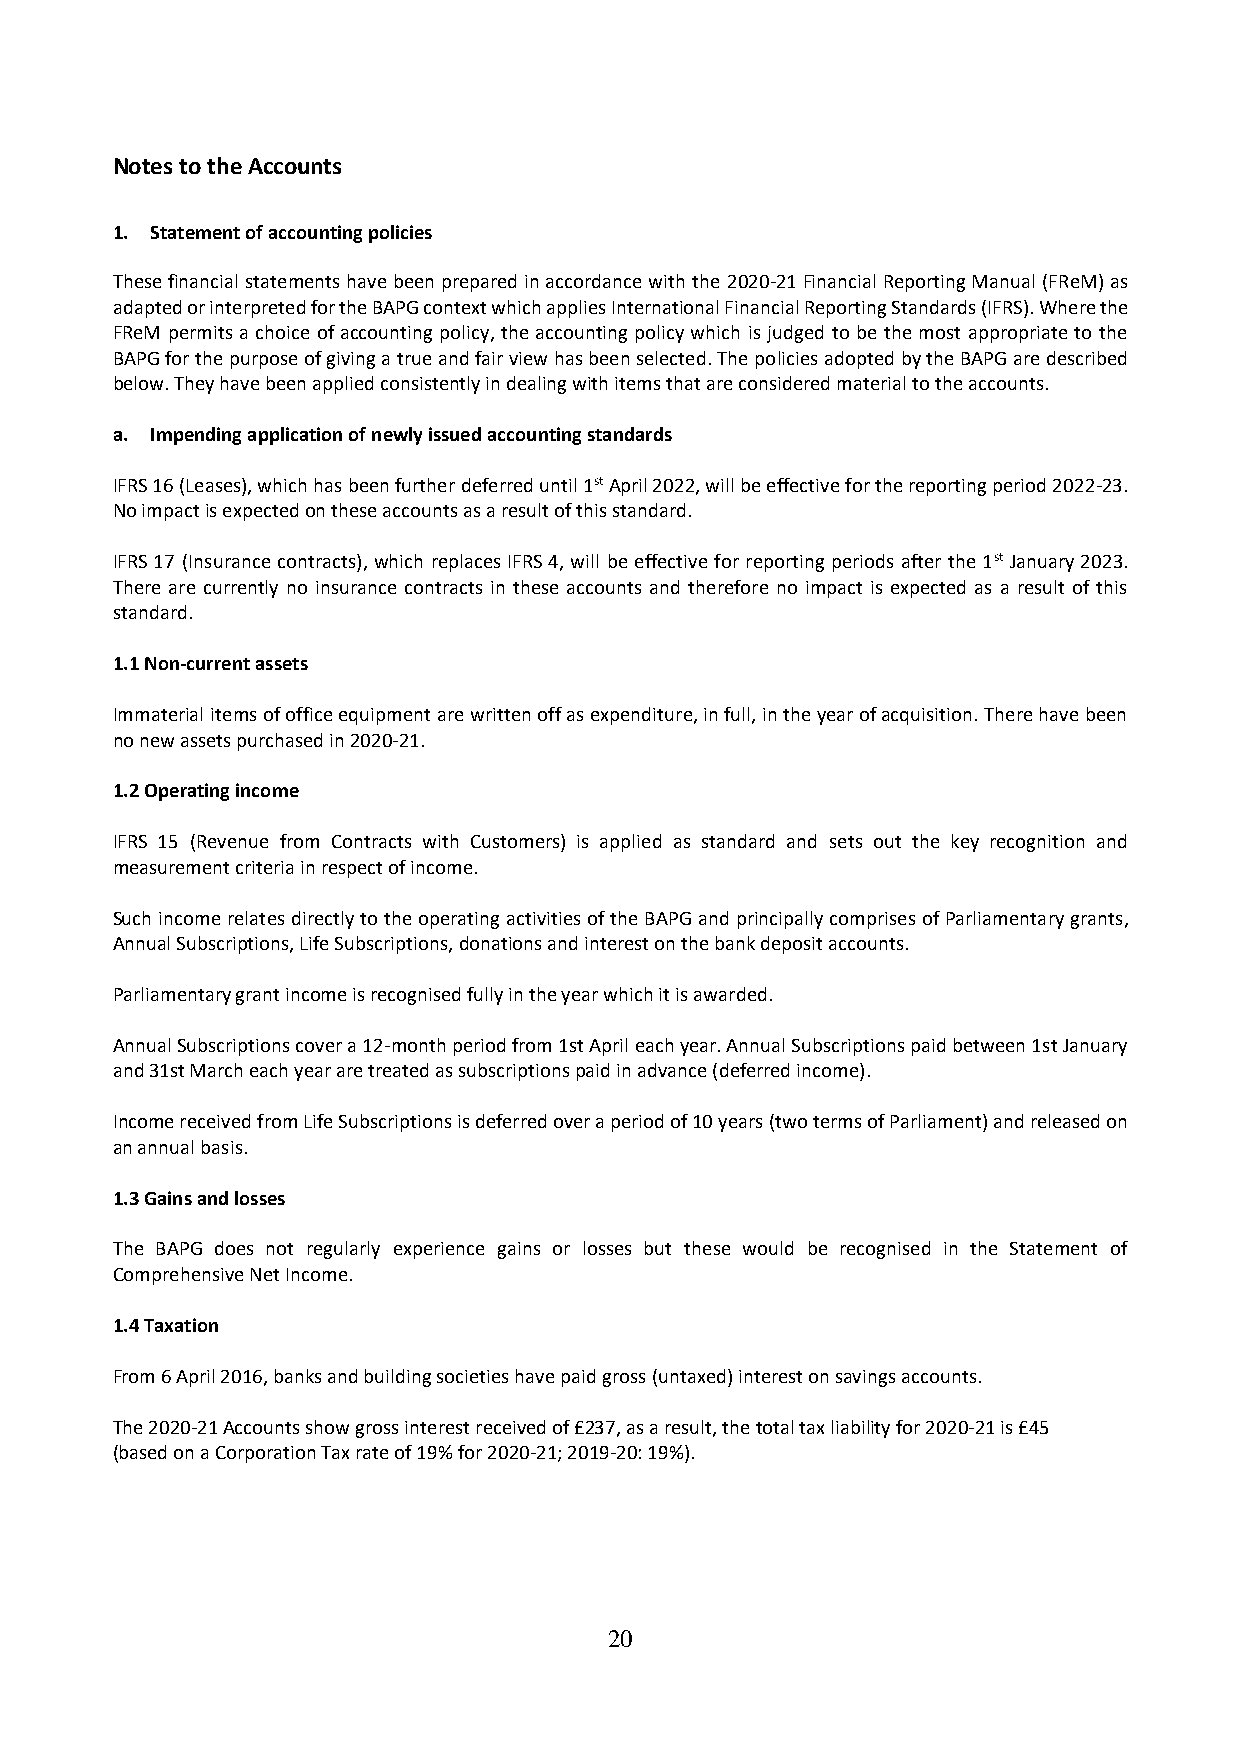
Notes to the Accounts
 1. Statement of accounting policies
 These financial statements have been prepared in accordance with the 2020-21 Financial Reporting Manual (FReM) as
 adapted or interpreted for the BAPG context which applies International Financial Reporting Standards (IFRS). Where the
 FReM permits a choice of accounting policy, the accounting policy which is judged to be the most appropriate to the
 BAPG for the purpose of giving a true and fair view has been selected. The policies adopted by the BAPG are described
 below. They have been applied consistently in dealing with items that are considered material to the accounts.
 a. Impending application of newly issued accounting standards
 IFRS 16 (Leases), which has been further deferred until 1st April 2022, will be effective for the reporting period 2022-23.
 No impact is expected on these accounts as a result of this standard.
 IFRS 17 (Insurance contracts), which replaces IFRS 4, will be effective for reporting periods after the 1st January 2023.
 There are currently no insurance contracts in these accounts and therefore no impact is expected as a result of this
 standard.
 1.1 Non-current assets
 Immaterial items of office equipment are written off as expenditure, in full, in the year of acquisition. There have been
 no new assets purchased in 2020-21.
 1.2 Operating income
 IFRS 15 (Revenue from Contracts with Customers) is applied as standard and sets out the key recognition and
 measurement criteria in respect of income.
 Such income relates directly to the operating activities of the BAPG and principally comprises of Parliamentary grants,
 Annual Subscriptions, Life Subscriptions, donations and interest on the bank deposit accounts.
 Parliamentary grant income is recognised fully in the year which it is awarded.
 Annual Subscriptions cover a 12-month period from 1st April each year. Annual Subscriptions paid between 1st January
 and 31st March each year are treated as subscriptions paid in advance (deferred income).
 Income received from Life Subscriptions is deferred over a period of 10 years (two terms of Parliament) and released on
 an annual basis.
 1.3 Gains and losses
 The BAPG does not regularly experience gains or losses but these would be recognised in the Statement of
 Comprehensive Net Income.
 1.4 Taxation
 From 6 April 2016, banks and building societies have paid gross (untaxed) interest on savings accounts.
 The 2020-21 Accounts show gross interest received of £237, as a result, the total tax liability for 2020-21 is £45
 (based on a Corporation Tax rate of 19% for 2020-21; 2019-20: 19%).
 20